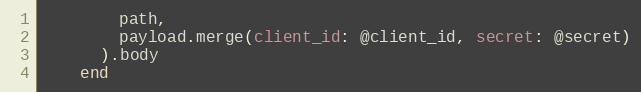
Language: Ruby
        path,
        payload.merge(client_id: @client_id, secret: @secret)
      ).body
    end